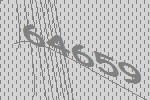
64659